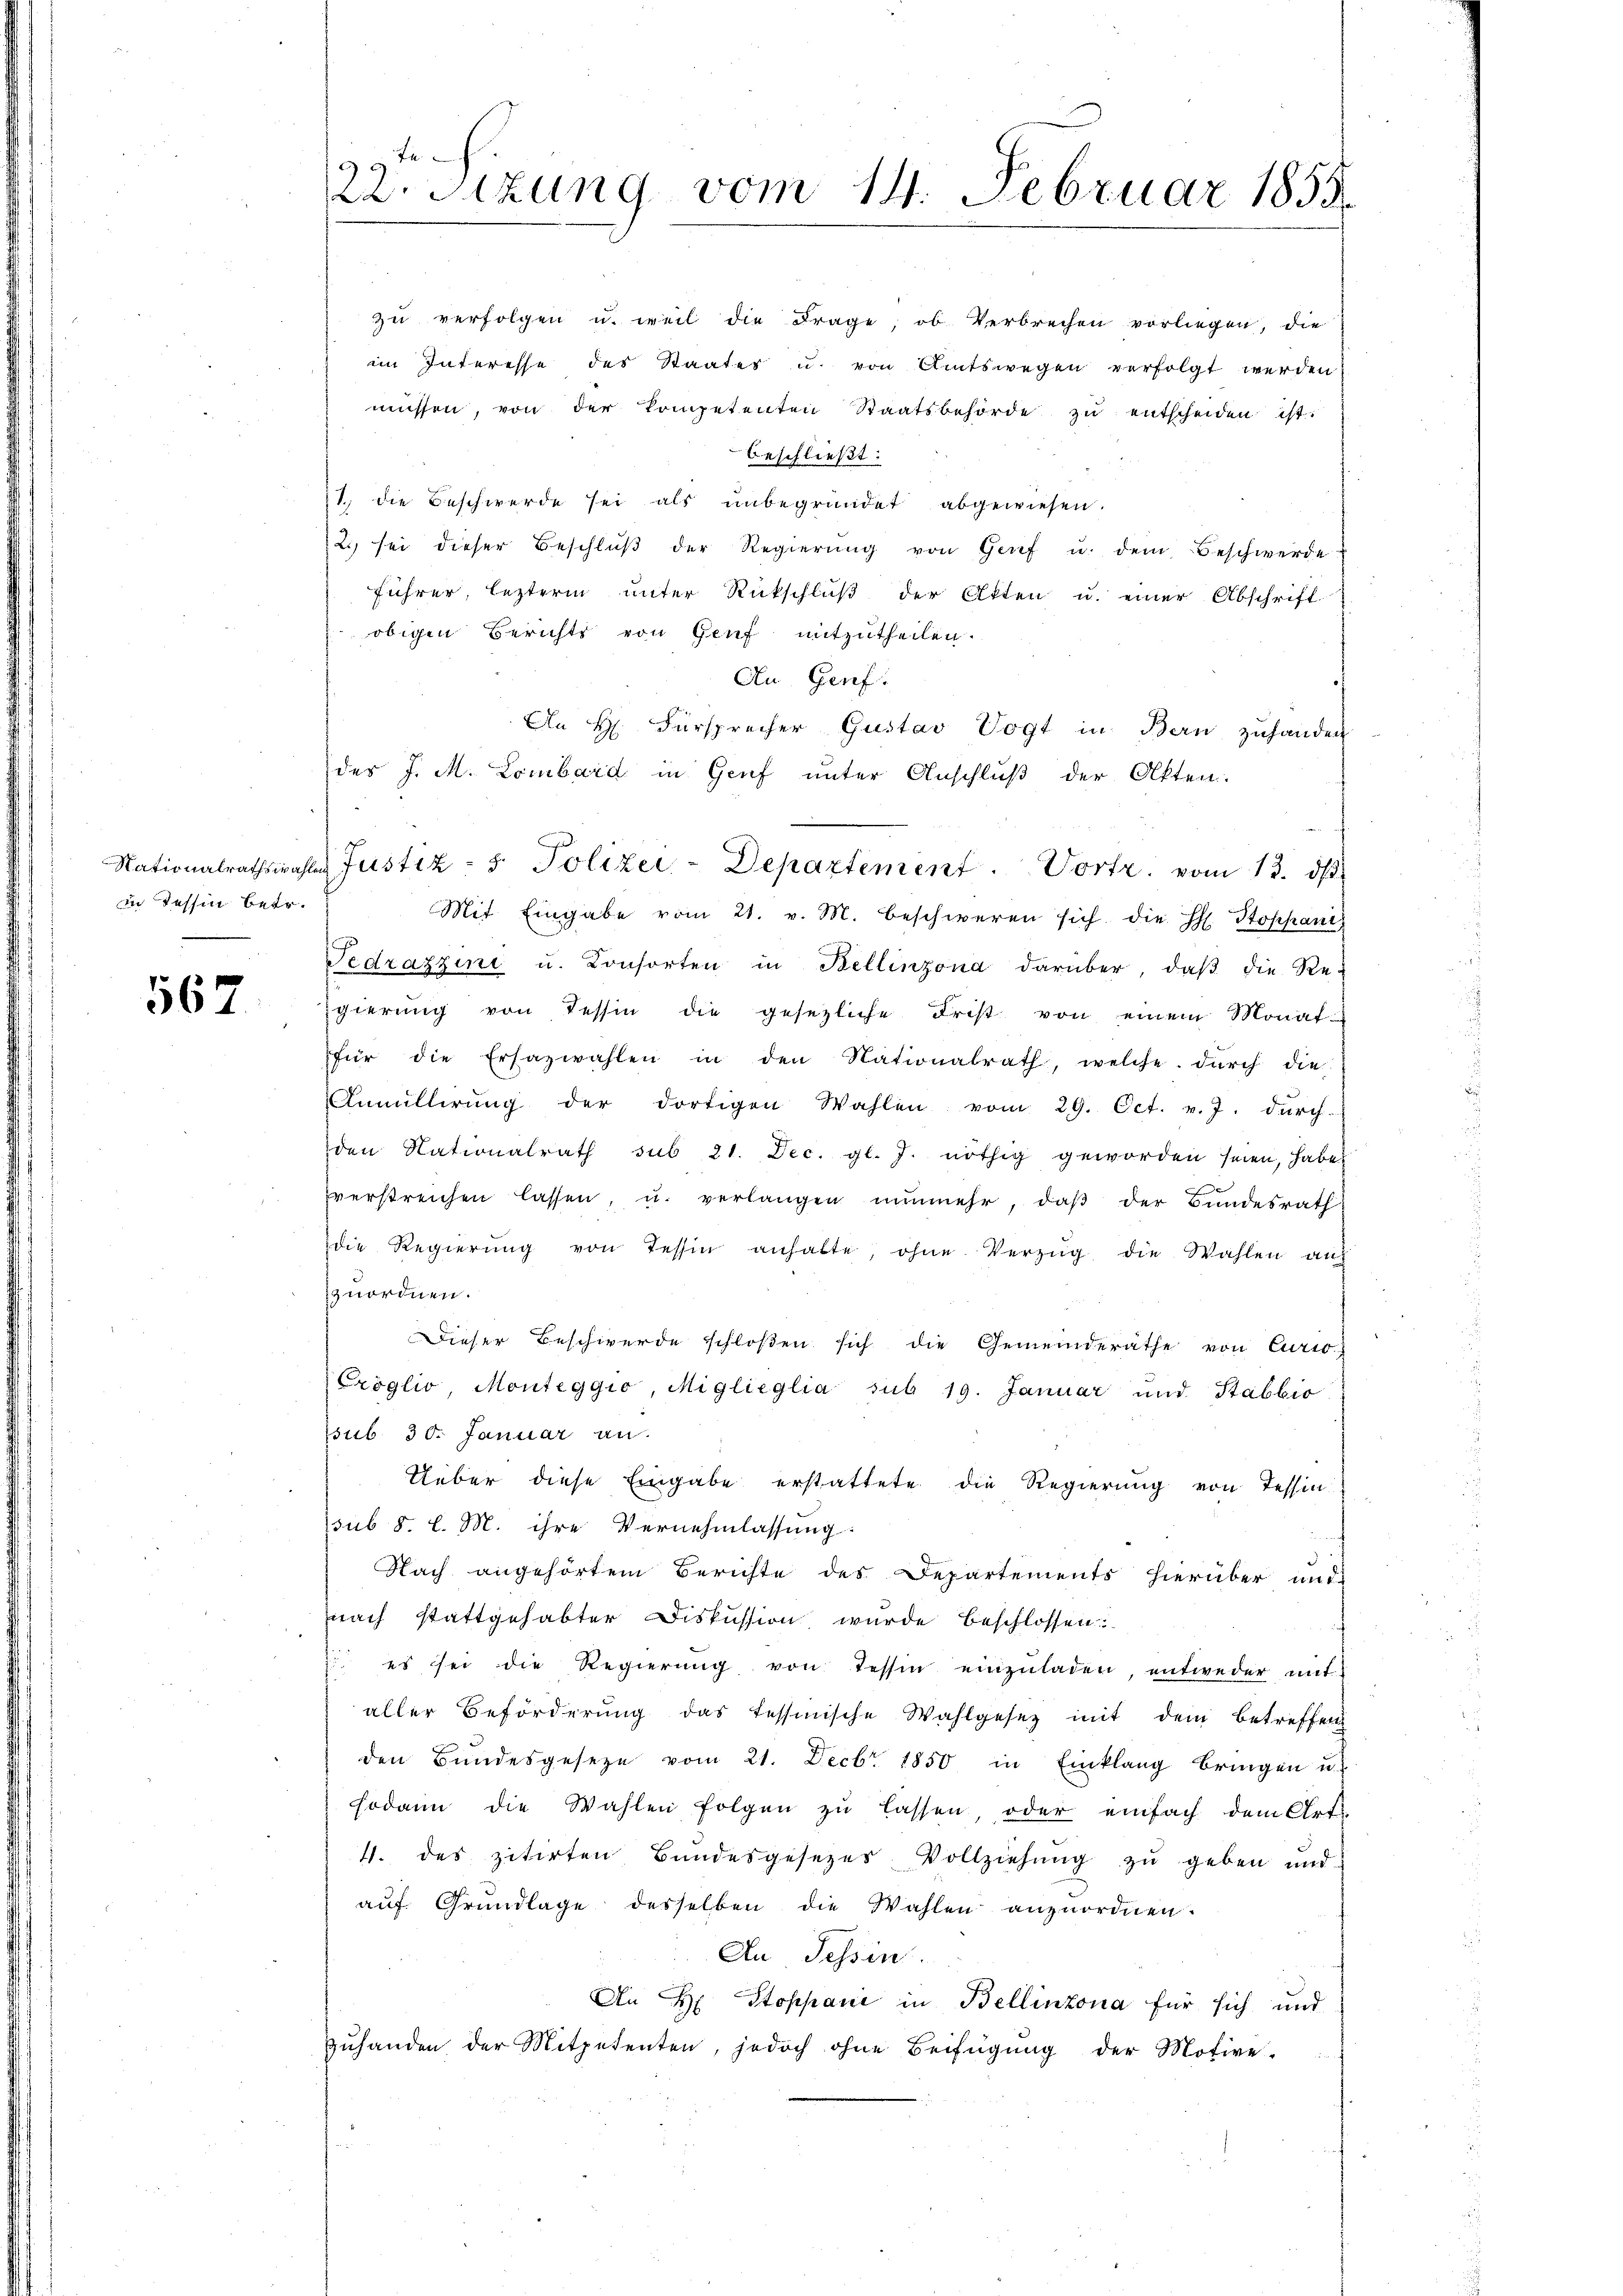
in Tessin betr.

562

zu verfolgen u. weil die Frage, ob Verbrechen vorliegen, die
im Interesse des Staates u. von Amtswegen verfolgt werden
müssen, von der Kompetenten Staatsbehörde zu entscheiden ist.
beschließt:
1., die Beschwerde sei als unbegründet abgewiesen.
2 sei dieser Beschlŭβ der Regierŭng von Grief u. dem Beschwerde
führer, lezterm unter Rückschluß der Atten u. einer Abschrift
obigen Berichts von Genf mitzutheilen.
An Genf.
An H. Fürsprecher Gustav Vogt in Bern zuhänder
des J. M. Lombard in Genf unter Anschluß der Akten.
Mit Eingabe vom 21. v. M. beschweren sich die H. Stoppani
Vedrazzini u. Konsorten in Bellinzona darüber, daβ die Re-
gierŭng von Tessin die gesezliche Frist von einem Monat
für die Ersazwahlen in den Nationalrath, welche dŭrch die
Anmüllerŭng der dortigen Wahlen vom 29. Oct. v. J. durch
den Nationalrath sub 21. Dec. gl. J. nöthig geworden seien, habe
verstreichen lassen, u. verlangen nunmehr, daβ der Bundesrath
die Regierŭng von Tessin anhalte, ohne Verzŭg die Wahlen auf
zuordnen.
Dieser Beschwerde schloßen sich die Gemeinderäthe von Curio
Eroglio, Monteggio, Miglieglia sub 19. Januar und Stabbio
sub 30. Januar an.
Ueber diese Eingabe erstattete die Regierung von Tessin
sub 8. l. M. ihre Vernehmlassung:
d
Nach angehörtem Berichte des Departements hierüber und
nach stattgehabter Diskussion wurde beschlossen:
.
es sei die Regierŭng von Tessin einzŭladen, entweder mit
aller Beförderŭng das Tessinische Wahlgesez mit dem Betreffen
den Bŭndesgeseze vom 21. Decbr. 1850 in Einklang bringen u.
sodann die Wahlen folgen zŭ lassen, oder einfach dem Art
4. des zitirten Bŭndesgesetzer Vollziehŭng zŭ geben und
aŭf Grŭndlage desselben die Wahlen anzuordnen.
An Tessin.
An H. Stoppani in Bellinzona für sich und
Zuhanden der Mitpetenten, jedoch ohne Beifügung der Motive-

22. Sizung vom 14. Februar 1855.

Nationalrathswahlen Justiz - 5. Polizei-Departement. Vortr. vom 13. ds